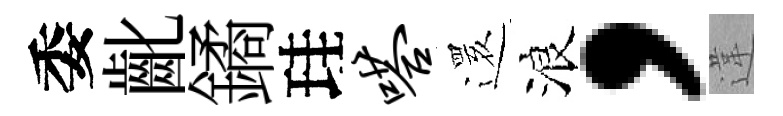
委齔鐍珪嗒𮟃浪，違